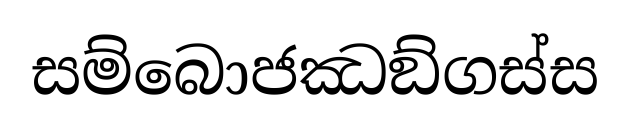
සම්බොජඣඞ්ගස්ස